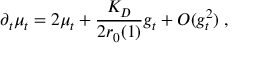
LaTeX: \partial _ { t } \mu _ { t } = 2 \mu _ { t } + \frac { K _ { D } } { 2 r _ { 0 } ( 1 ) } g _ { t } + O ( g _ { t } ^ { 2 } ) \; ,